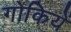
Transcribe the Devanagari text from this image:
गोकियें